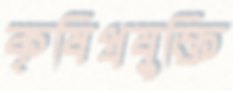
কৃষিপ্রযুক্তি